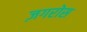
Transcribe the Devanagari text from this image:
ज़गरोस